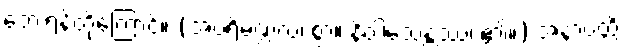
ဘေးရန်တို့ကြောင့်။ (အပရိမဏ္ဍလံ၊ စွာ။ နိဝါသေန္တဿ၊ ၏။) အနာပတ္တိ